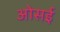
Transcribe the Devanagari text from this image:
ओसई